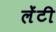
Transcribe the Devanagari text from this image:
लेंटी